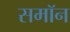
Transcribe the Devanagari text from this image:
समॉन